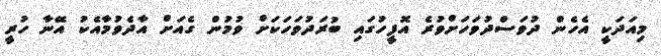
މިއަދަކީ އެހެން ދުވަސްދުވަހަށްވުރެ އޮފީހުގައި ބުރަދުވަހަކަށް ވުމުން ގެއަށް އާދެވުމާއެކު އޭނާ ހުރީ